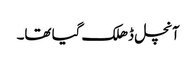
آنچل ڈھلک گیا تھا۔